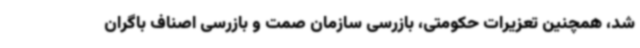
شد، همچنین تعزیرات حکومتی، بازرسی سازمان صمت و بازرسی اصناف باگران